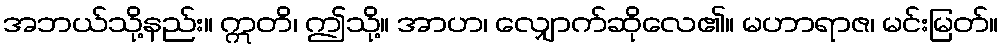
အဘယ်သို့နည်း။ ဣတိ၊ ဤသို့။ အာဟ၊ လျှောက်ဆိုလေ၏။ မဟာရာဇ၊ မင်းမြတ်။